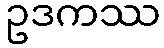
ဥဒကဿ